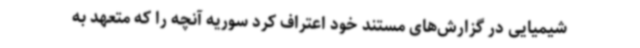
شیمیایی در گزارش‌های مستند خود اعتراف کرد سوریه آنچه را که متعهد به